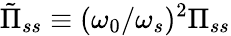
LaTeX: \tilde{\Pi}_{ss}\equiv(\omega_{0}/\omega_{s})^{2}\Pi_{ss}